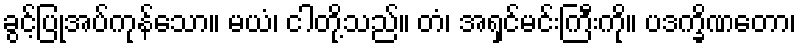
ခွင့်ပြုအပ်ကုန်သော။ မယံ၊ ငါတို့သည်။ တံ၊ အရှင်မင်းကြီးကို။ ပဒက္ခိဏတော၊